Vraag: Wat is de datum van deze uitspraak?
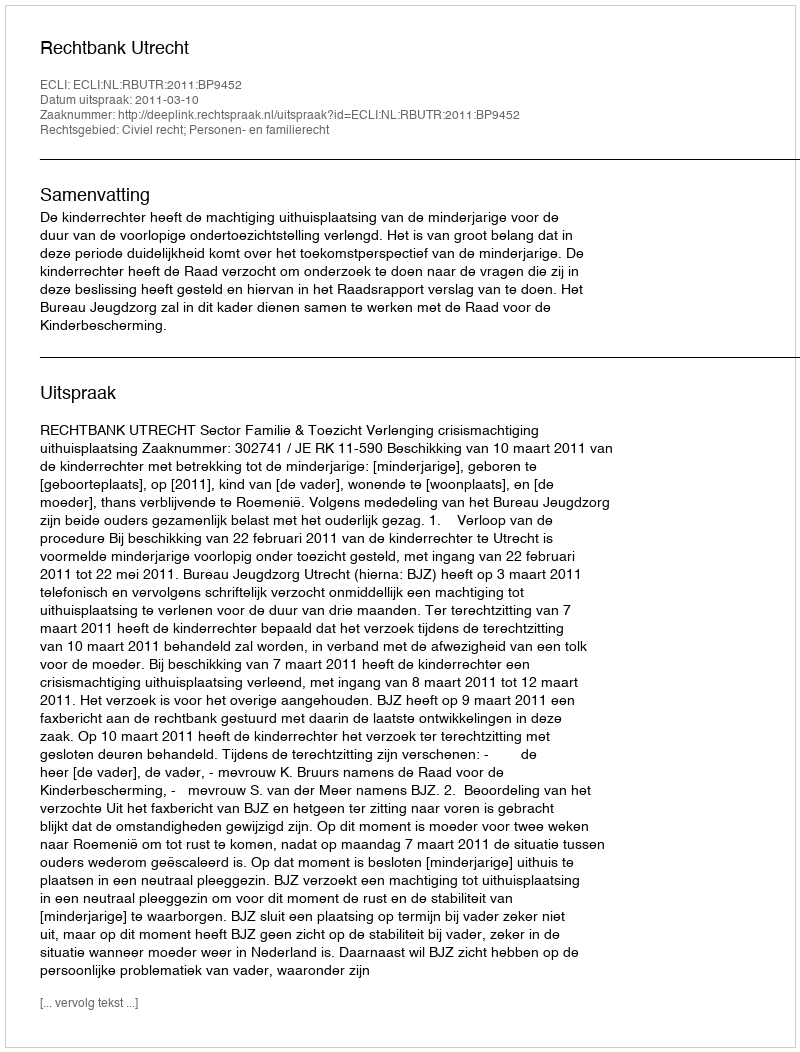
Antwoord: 2011-03-10